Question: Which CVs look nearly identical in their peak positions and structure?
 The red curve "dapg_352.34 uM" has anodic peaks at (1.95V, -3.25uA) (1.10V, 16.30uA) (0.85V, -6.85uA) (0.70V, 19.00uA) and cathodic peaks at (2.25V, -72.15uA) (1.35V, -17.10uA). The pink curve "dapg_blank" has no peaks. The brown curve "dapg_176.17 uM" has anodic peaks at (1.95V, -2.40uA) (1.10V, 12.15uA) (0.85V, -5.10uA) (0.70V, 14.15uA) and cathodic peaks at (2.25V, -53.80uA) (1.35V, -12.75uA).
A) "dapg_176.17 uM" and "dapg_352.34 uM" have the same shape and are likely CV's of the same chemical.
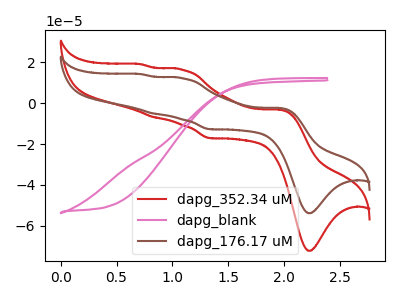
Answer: <think>"dapg_352.34 uM" and "dapg_blank" have a different number of peaks. All the peaks in "dapg_352.34 uM" have a peak in "dapg_176.17 uM" at the same potential. "dapg_blank" and "dapg_176.17 uM" have a different number of peaks.
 </think>
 <answer>A) "dapg_176.17 uM" and "dapg_352.34 uM" have the same shape and are likely CV's of the same chemical.</answer>
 <eval>A</eval>